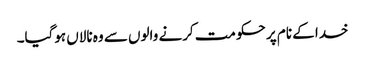
خدا کے نام پر حکومت کرنے والوں سے وہ نالاں ہوگیا۔